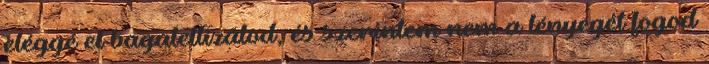
eléggé el bagatellizálod, és szerintem nem a lényegét fogod